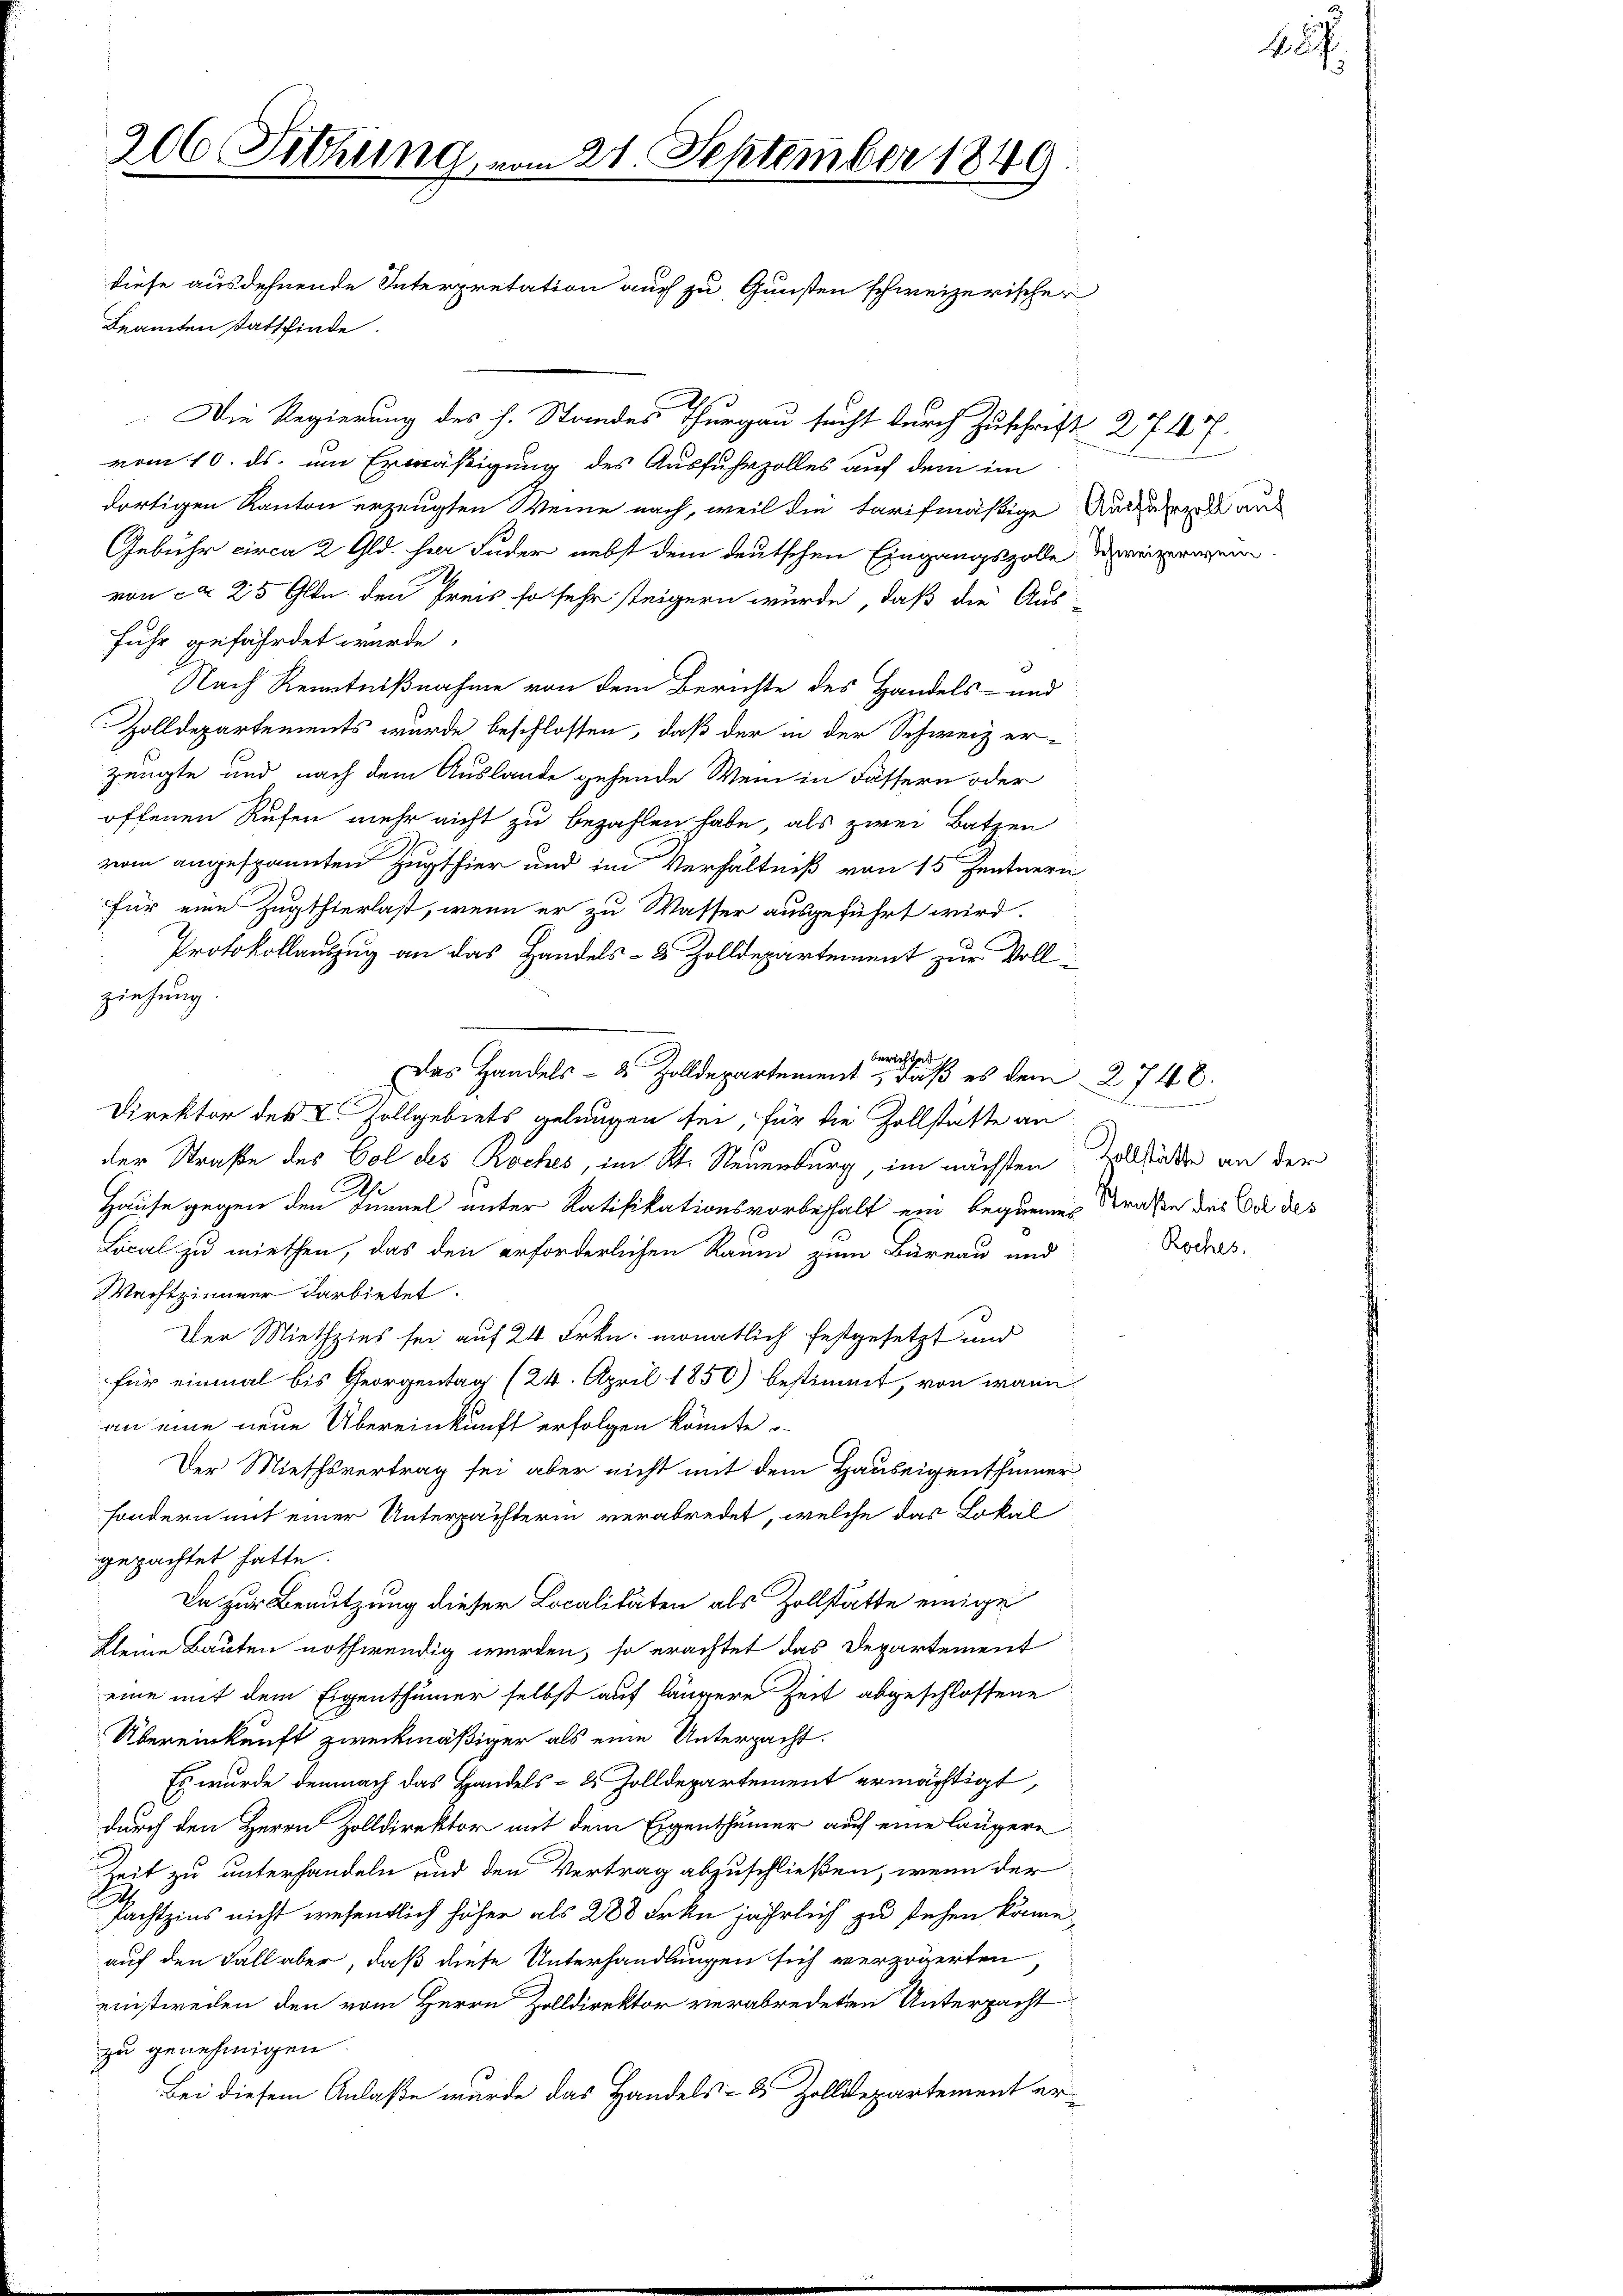
Beamten stattfinde.
2
Die Regierung des h. Standes Thurgau sucht durch Zuschrift 2717.
vom 10. ds. um Ermäßigung des Ausfuhrzolles auf dem im
dortigen Kanton erzeugten Weine nach, weil die tarifmäßige Aussahen aus
Gebühr circa 2 Gld. Herr Fuder nebst dem deutschen Eingangszolle demeiner wein
von ca 25 Glon den Preis so sehr steigern würde, daß die Aus-
Fuhr gefährdet wurde.
Nach Kenntnißnahme von dem Berichte des Handels- und
Zolldepartements wurde beschlossen, daß der in der Schweiz er-
zeugte und nach dem Auslande gehende Wein in Fässern oder
offenen Rufen mehr nicht zu bezahlen habe, als zwei Batzen
vom angespannten Zugthier und im Verhältniß von 15 Zentnern
für eine Zugthierlast, wenn er zu Wasser ausgeführt wird.
Protokollauszug an das Handels- & Zolldepartement zur Vollziehung.
berichtet
Das Handels- 2 Zolldepartement, daß es dem 2748.
Direktor des L. Vollgebiets gelangen sei, für die Zollstätte an
der Straße des Col des Roches, im Kt. Neuenburg, im nächsten
Hause gegen den Tunnel unter Ratifikationsvorbehalt ein bequemes Straße des Oel des
Local zu miethen, das den erforderlichen Raum zum Büreau und
Wachtzimmer darbietet.
Der Miethzins sei auf 24 Frkn. monatlich festgesetzt und
für einmal bis Georgentag (24. April 1850) bestimmt, von wann
an eine neue Übereinkunft erfolgen könnte
Der Miethsvertrag sei aber nicht mit dem Hauseigenthümer
sondern mit einer Unterpächterin verabredet, welche das Lokal
gepachtet hatte.
Da zur Benutzung dieser Localitäten als Zollstatte einige
kleine Bauten nothwendig werden, so erachtet das Departement
eine mit dem Eigenthümer selbst auf längere Zeit abgeschlossene
Übereinkunft zweckmäßiger als eine Unterpacht.
Es wurde demnach das Handels- & Zolldepartement ermächtigt,
durch den Herrn Zolldirektor mit dem Eigenthümer auf eine läugere
Zeit zu unterhandeln und den Vertrag abzuschließen, wenn der
Pachtzins nicht wesentlich höher als 288 Frkn jährlich zu stehen könne,
auf den Fall aber, daß diese Unterhandlungen sich verzögerten
einstreden den vom Herrn Zolldirektor verabredeten Unterpacht
zu genehmigen.
Bei diesem Anlaße wurde das Handels- & Zolldepartement er¬

206 Sitzung, vom 21. September 1849.
diese ausdehnende Interpretation auch zu Gunsten schweizerischen

.
Zollstätte an der

Roches.

28